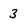
Character: 3